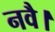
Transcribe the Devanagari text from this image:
नवै।